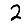
Digit: 2